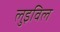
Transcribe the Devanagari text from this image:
लुइविल